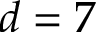
d = 7